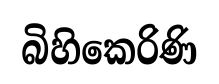
බිහිකෙරිණි